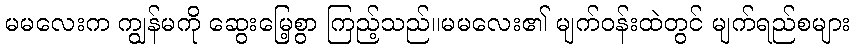
မမလေးက ကျွန်မကို ဆွေးမြေ့စွာ ကြည့်သည်။မမလေး၏ မျက်ဝန်းထဲတွင် မျက်ရည်စများ